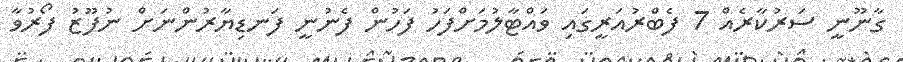
ގާނޫނީ ސަރުކާރެއް 7 ފެބްރުއަރީގައި ވައްޓާލުމަށްފަހު ފަހުން ފެނުނީ ފަނޑިޔާރުންނަށް ނުފޫޒު ފޯރުވާ